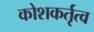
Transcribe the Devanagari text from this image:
कोशकर्तृत्व